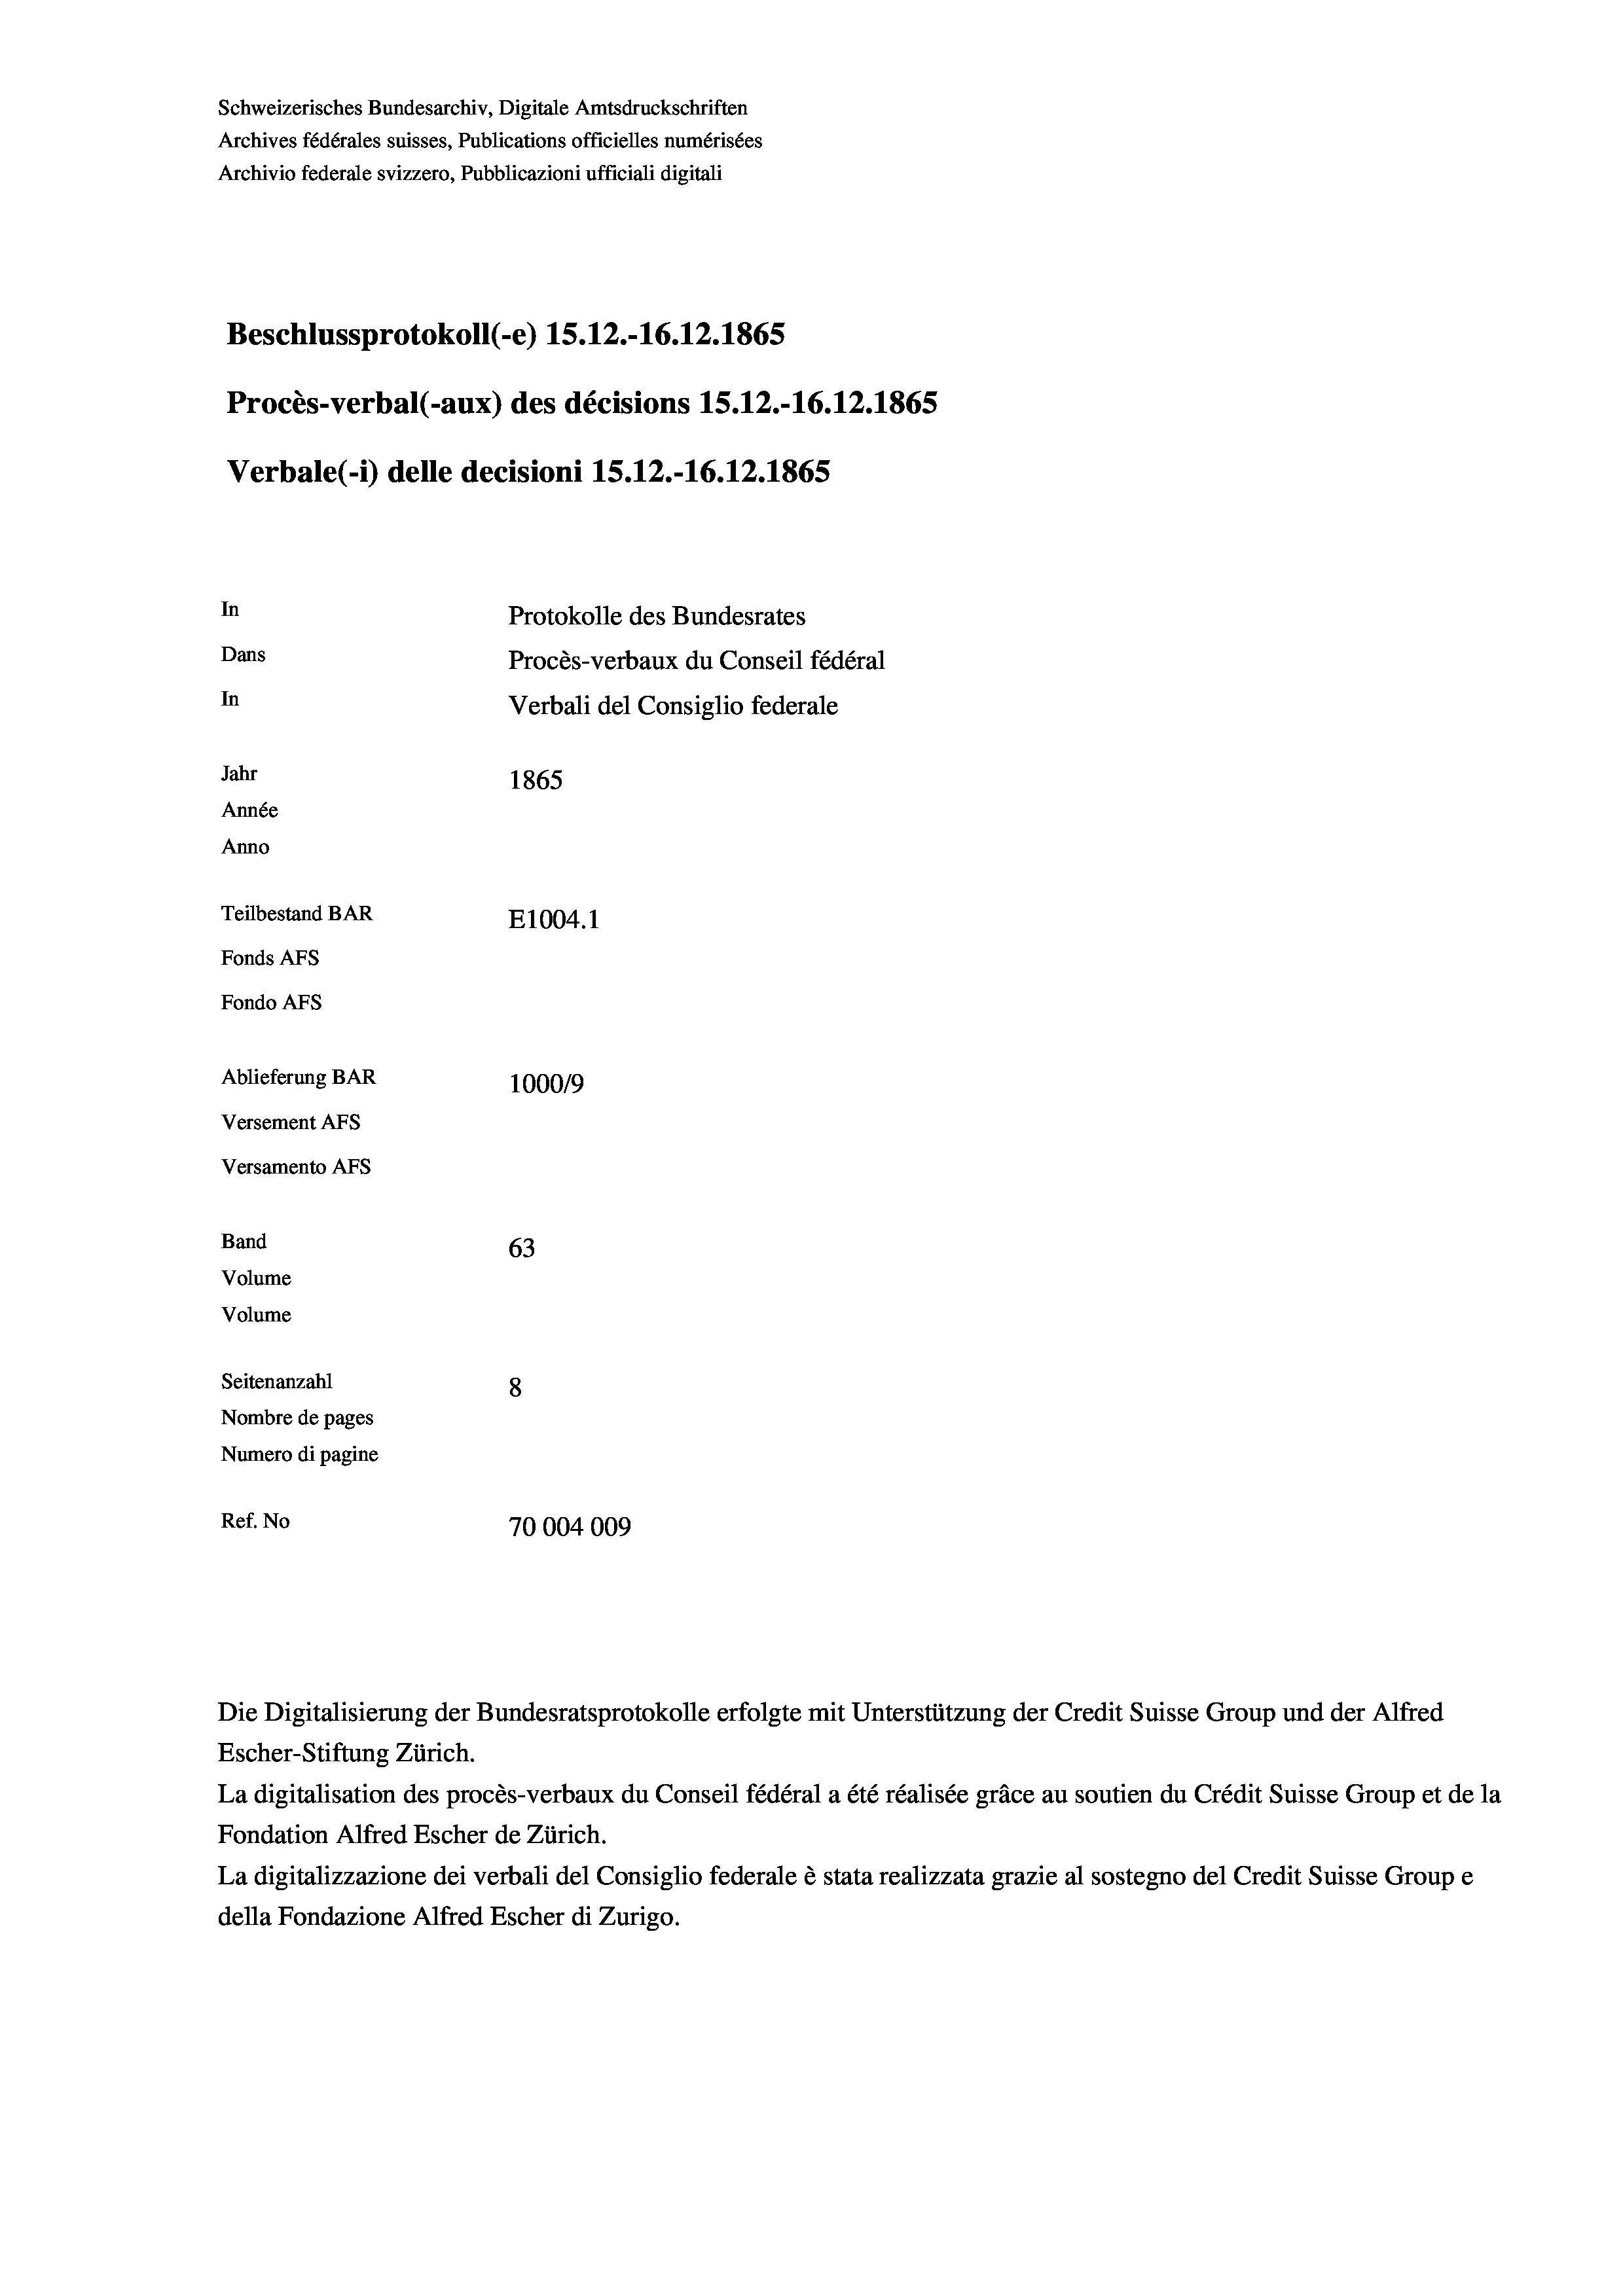
Schweizerisches Bundesarchiv, Digitale Amtsdruckschriften
Archives fédérales suisses, Publications officielles numérisées
Archivio federale svizzero, Pubblicazioni ufficiali digitali
Beschlussprotokoll (-e) 15. 12.-16.12.1865
Procès-verbal (-aux) des décisions 15. 12.-16.12.1865
Verbale (1) delle decisioni 1S.12.-16.12.1865
In
Protokolle des Bundesrates
Dans
Procès-verbaux du Conseil fédéral
In
Verbali del Consiglio federale
Jahr
1865
Année
Anno
Teilbestand BAR
E1004.1
Fonds AFs
Fondo AFs
Ablieferung BAR
100019
Versement AFs
Versamento AFs
Band
63
Volume
Volume

Seitenanzahl
8
Nombre de pages
Numero di pagine
Ref. No
70004009

Escher-Stiftung Zürich.
La digitalisation des procès-verbaux du Conseil fédéral a été réalisée gräce au soutien du Crédit Suisse Group et de la
Fondation Alfred Escher de Zürich.
La digitalizzazione dei verbali del Consiglio federale è stata realizzata grazie al sostegno del Credit Suisse Groupe
della Fondazione Alfred Escher di Zurigo.

Die Digitalisierung der Bundesratsprotokolle erfolgte mit Unterstützung der Credit Suisse Group und der Alfred